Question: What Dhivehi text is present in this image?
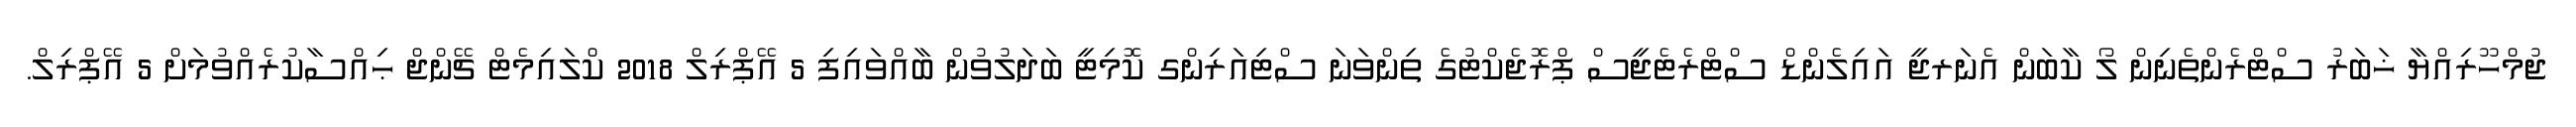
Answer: ޖުމްހޫރިއްޔާ ޚަބަރު ސްޓްރެންތެނިން ލޯ ކާބަން އެނަރޖީ އައިލެންޑް ސްޓްރެޓެޖީސް ޕްރޮޖެކްޓުގެ ތިންވަނަ ސްޓިއަރިންގ ކޮމިޓީ ބަދަލުވުން ބާއްވައިފި 5 އޭޕްރިލް 2018 ކްލައިމެޓް ޗޭންޖް ޙިއްސާކުރެއްވުމަށް 5 އޭޕްރިލް.